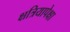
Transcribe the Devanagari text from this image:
क्षत्रियापेक्षा